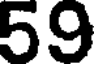
59